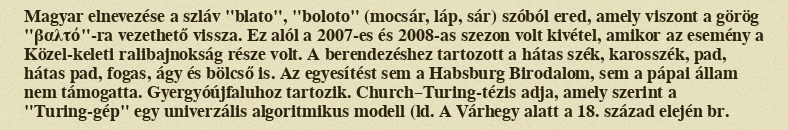
Magyar elnevezése a szláv "blato", "boloto" (mocsár, láp, sár) szóból ered, amely viszont a görög "βαλτό"-ra vezethető vissza. Ez alól a 2007-es és 2008-as szezon volt kivétel, amikor az esemény a Közel-keleti ralibajnokság része volt. A berendezéshez tartozott a hátas szék, karosszék, pad, hátas pad, fogas, ágy és bölcső is. Az egyesítést sem a Habsburg Birodalom, sem a pápai állam nem támogatta. Gyergyóújfaluhoz tartozik. Church–Turing-tézis adja, amely szerint a "Turing-gép" egy univerzális algoritmikus modell (ld. A Várhegy alatt a 18. század elején br.